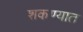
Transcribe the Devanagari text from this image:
शकण्यात